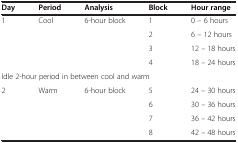
| Day | Period | Analysis | Block | Hour range |
 | --- | --- | --- | --- | --- |
 | <ROWSPAN=4> 1 | <ROWSPAN=4> Cool | <ROWSPAN=4> 6-hour block | 1 | 0 – 6 hours |
 | 2 | 6 – 12 hours |
 | 3 | 12 – 18 hours |
 | 4 | 18 – 24 hours |
 | <COLSPAN=5> Idle 2-hour period in between cool and warm |
 | <ROWSPAN=4> 2 | <ROWSPAN=4> Warm | <ROWSPAN=4> 6-hour block | 5 | 24 – 30 hours |
 | 6 | 30 – 36 hours |
 | 7 | 36 – 42 hours |
 | 8 | 42 – 48 hours |